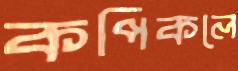
কপিকলে